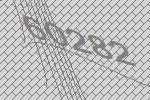
60282